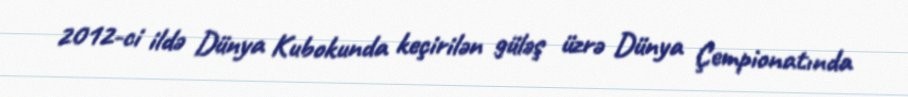
2012-ci ildə Dünya Kubokunda keçirilən güləş üzrə Dünya Çempionatında